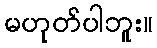
မဟုတ်ပါဘူး။